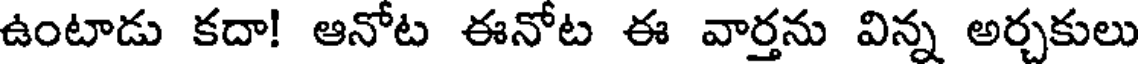
ఉంటాడు కదా! ఆనోట ఈనోట ఈ వార్తను విన్న అర్చకులు